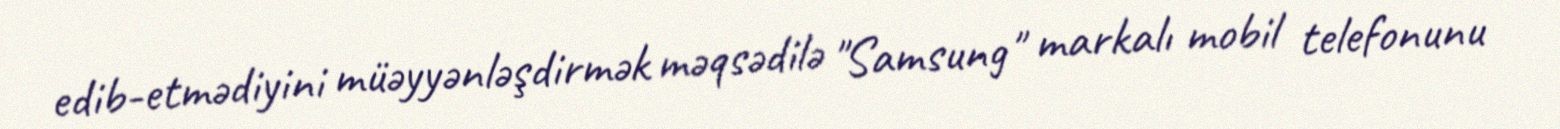
edib-etmədiyini müəyyənləşdirmək məqsədilə "Samsung" markalı mobil telefonunu